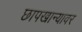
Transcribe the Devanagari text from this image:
छापखान्यावर